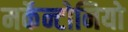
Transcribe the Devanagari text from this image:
मर्केन्टोनियो